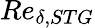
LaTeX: Re_{\delta,STG}